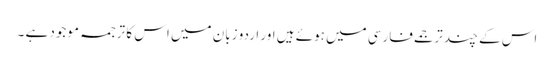
اس کے چند ترجمے فارسی میں ہوئے ہیں اور اردو زبان میں اس کا ترجمہ موجود ہے ۔